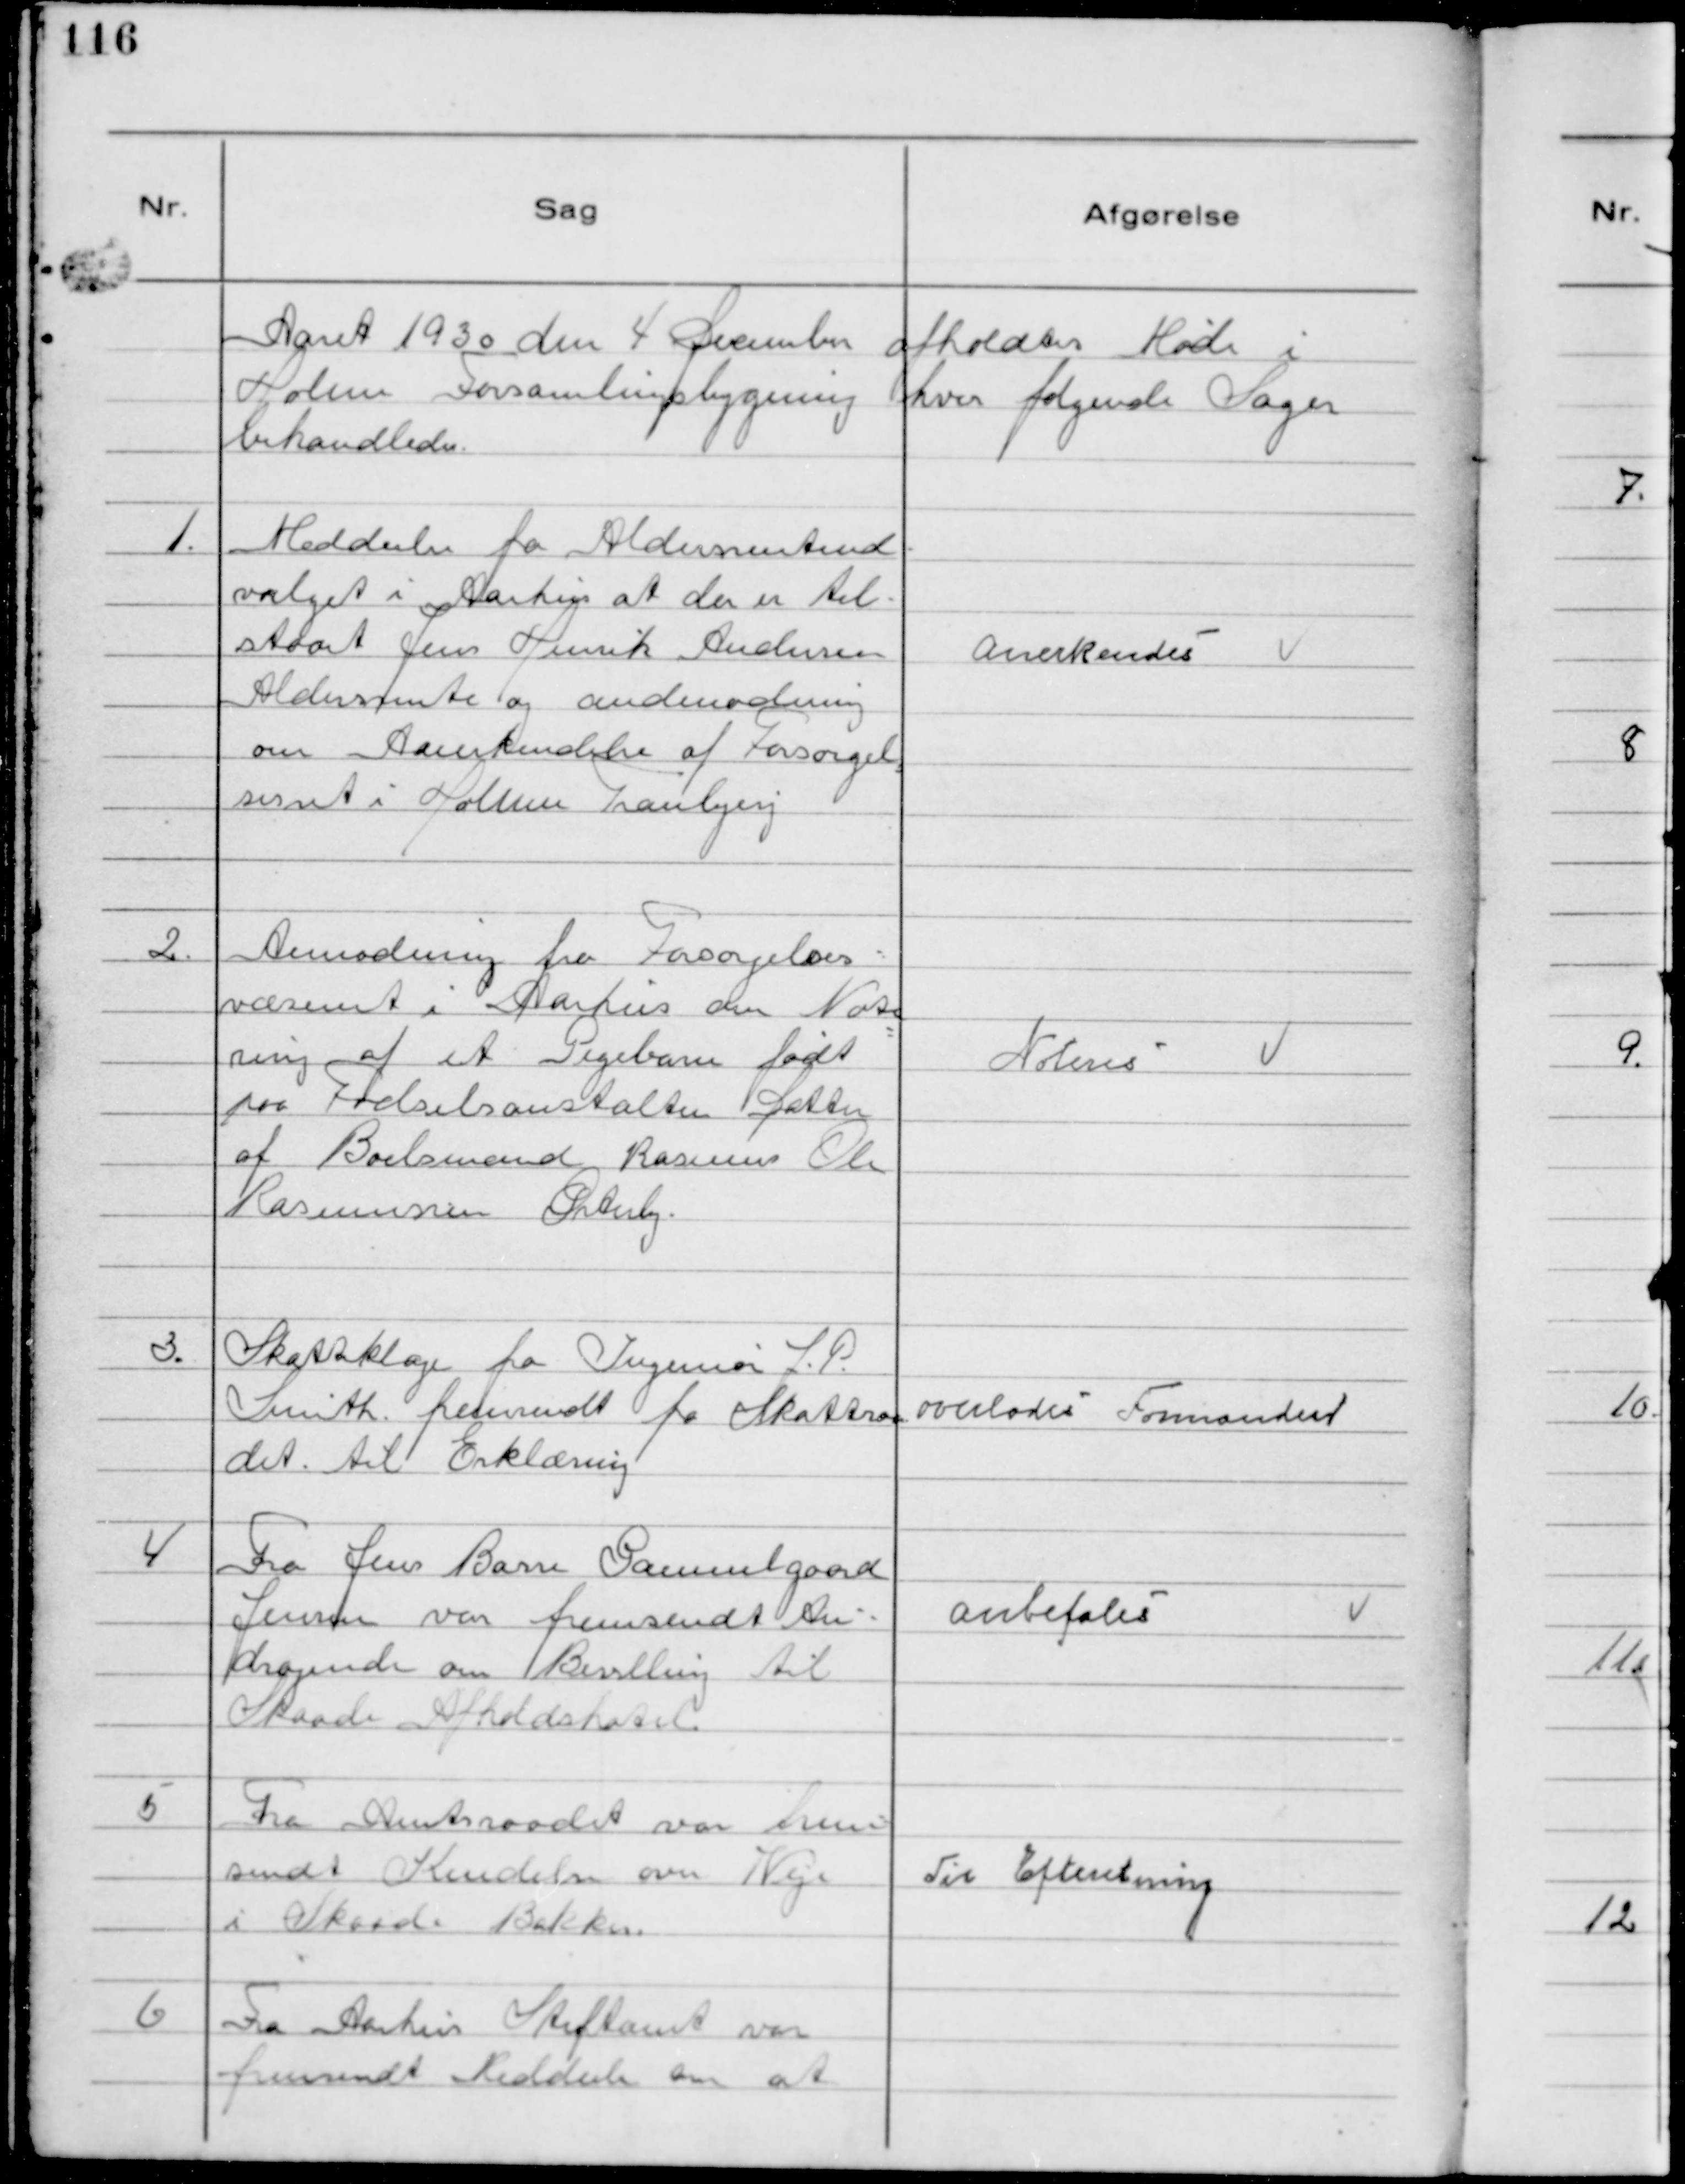
Transskription:
Aaret 1930 den 4 December afholdtes Møde i
Holme Forsamlingsbygning hvor følgende Sager
behandledes.

1.
Meddeelse fra Aldersrenteud-
valget i Aarhus at der er til-
staaet Jens Henrik Andersen
Aldersrente og andmodning
om Anerkendelse af Forsørgel
sesret i Holme Tranbjerg

Anerkendes

2.
Anmodning fra Forsørgelses-
væsenet i Aarhus om Note
ring af et Pigebarn født
paa Fødselsanstalten Datter
af Boelsmand Rasmus Ole
Rasmussen Østerby.

Noteres

3.
Skatteklage fra Ingeniør J.P.
Smith. fremsendt fra Skattraa
det. til Erklæring

overlodes Formanden

4
Fra Jens Barre Gammelgaard
Jensen var fremsendt An-
dragende om Bevilling til
Skaade Afholdshotel.

Anbefales

5
Fra Amtsraadet var frem
sendt Kendelse om Veje
i Skaade Bakker.

Til Efteretning

6
Fra Aarhus Stiftamt var
fremsendt Meddeels om at